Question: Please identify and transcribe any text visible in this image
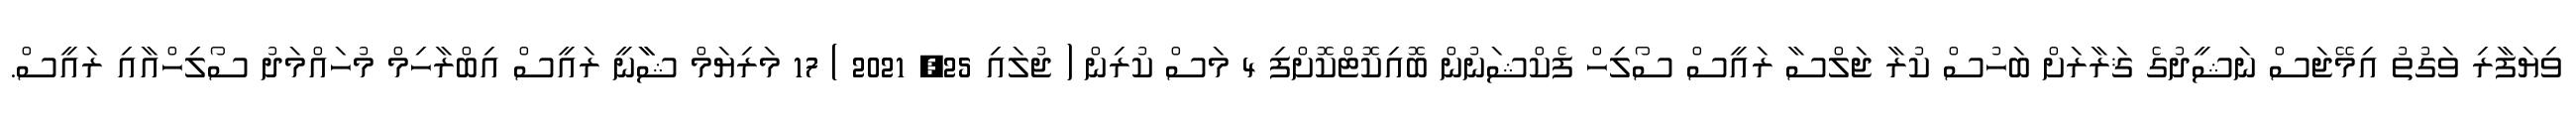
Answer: ވިޔަފާރި ވަގުތު އިމޭޖަސް ނަޝީދުގެ ޤަރާރަށް ބަހުސް ކުރާ ޖަލްސާ ރައީސް ސޯލިހް ފެކްޝަނުން ބޮއިކޮޓްކޮށްފި 4 މަސް ކުރިން ( ޖުލައި 25, 2021 ) 17 މަރިޔަމް ޝާާނީ ރައީސް އިބްރާހިމް މުހައްމަދު ސޯލިހްއާއި ރައީސް.